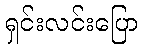
ရှင်းလင်းပြော